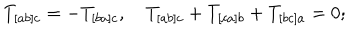
LaTeX: T _ { [ a b ] c } = - T _ { [ b a ] c } , \quad T _ { [ a b ] c } + T _ { [ c a ] b } + T _ { [ b c ] a } = 0 ;